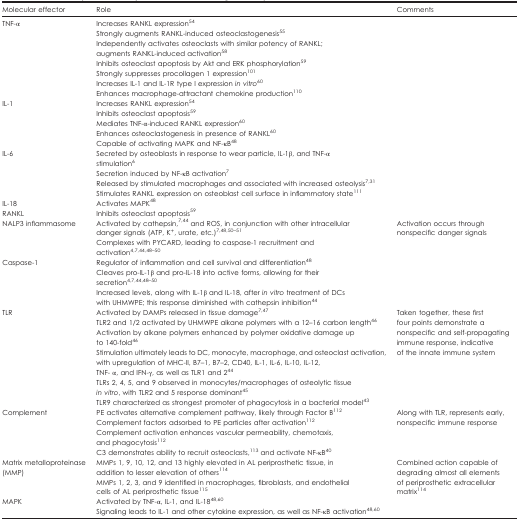
<table><thead><tr><td><b>Molecular effector</b></td><td><b>Role</b></td><td><b>Comments</b></td></tr></thead><tbody><tr><td>TNF-α</td><td>Increases RANKL expression<sup>54</sup>Strongly augments RANKL-induced osteoclastogenesis<sup>55</sup>Independently activates osteoclasts with similar potency of RANKL; augments RANKL-induced activation<sup>58</sup>Inhibits osteoclast apoptosis by Akt and ERK phosphorylation<sup>59</sup>Strongly suppresses procollagen 1 expression<sup>101</sup>Increases IL-1 and IL-1R type I expression <i>in vitro</i><sup>60</sup>Enhances macrophage-attractant chemokine production<sup>110</sup></td><td> </td></tr><tr><td>IL-1</td><td>Increases RANKL expression<sup>54</sup>Inhibits osteoclast apoptosis<sup>59</sup>Mediates TNF-α-induced RANKL expression<sup>60</sup>Enhances osteoclastogenesis in presence of RANKL<sup>60</sup>Capable of activating MAPK and NF-κB<sup>48</sup></td><td> </td></tr><tr><td>IL-6</td><td>Secreted by osteoblasts in response to wear particle, IL-1β, and TNF-α stimulation<sup>6</sup>Secretion induced by NF-κB activation<sup>7</sup>Released by stimulated macrophages and associated with increased osteolysis<sup>7,31</sup>Stimulates RANKL expression on osteoblast cell surface in inflammatory state<sup>111</sup></td><td> </td></tr><tr><td>IL-18</td><td>Activates MAPK<sup>48</sup></td><td> </td></tr><tr><td>RANKL</td><td>Inhibits osteoclast apoptosis<sup>59</sup></td><td> </td></tr><tr><td>NALP3 inflammasome</td><td>Activated by cathepsin,<sup>7,44</sup> and ROS, in conjunction with other intracellular danger signals (ATP, K<sup>+</sup>, urate, etc.)<sup>7,48,50,51</sup>Complexes with PYCARD, leading to caspase-1 recruitment and activation<sup>4,7,44,48–50</sup></td><td>Activation occurs through nonspecific danger signals</td></tr><tr><td>Caspase-1</td><td>Regulator of inflammation and cell survival and differentiation<sup>48</sup>Cleaves pro-IL-1β and pro-IL-18 into active forms, allowing for their secretion<sup>4,7,44,48–50</sup>Increased levels, along with IL-1β and IL-18, after <i>in vitro</i> treatment of DCs with UHMWPE; this response diminished with cathepsin inhibition<sup>44</sup></td><td> </td></tr><tr><td>TLR</td><td>Activated by DAMPs released in tissue damage<sup>7,47</sup>TLR2 and 1/2 activated by UHMWPE alkane polymers with a 12–16 carbon length<sup>46</sup>Activation by alkane polymers enhanced by polymer oxidative damage up to 140-fold<sup>46</sup>Stimulation ultimately leads to DC, monocyte, macrophage, and osteoclast activation, with upregulation of MHC-II, B7–1, B7–2, CD40, IL-1, IL-6, IL-10, IL-12, TNF- α, and IFN-γ, as well as TLR1 and 2<sup>44</sup>TLRs 2, 4, 5, and 9 observed in monocytes/macrophages of osteolytic tissue <i>in vitro</i>, with TLR2 and 5 response dominant<sup>45</sup>TLR9 characterized as strongest promoter of phagocytosis in a bacterial model<sup>43</sup></td><td>Taken together, these first four points demonstrate a nonspecific and self-propagating immune response, indicative of the innate immune system</td></tr><tr><td>Complement</td><td>PE activates alternative complement pathway, likely through Factor B<sup>112</sup>Complement factors adsorbed to PE particles after activation<sup>112</sup>Complement activation enhances vascular permeability, chemotaxis, and phagocytosis<sup>112</sup>C3 demonstrates ability to recruit osteoclasts,<sup>113</sup> and activate NF-κB<sup>40</sup></td><td>Along with TLR, represents early, nonspecific immune response</td></tr><tr><td>Matrix metalloproteinase (MMP)</td><td>MMPs 1, 9, 10, 12, and 13 highly elevated in AL periprosthetic tissue, in addition to lesser elevation of others<sup>114</sup>MMPs 1, 2, 3, and 9 identified in macrophages, fibroblasts, and endothelial cells of AL periprosthetic tissue<sup>115</sup></td><td>Combined action capable of degrading almost all elements of periprosthetic extracellular matrix<sup>114</sup></td></tr><tr><td>MAPK</td><td>Activated by TNF-α, IL-1, and IL-18<sup>48,60</sup>Signaling leads to IL-1 and other cytokine expression, as well as NF-κB activation<sup>48,60</sup></td><td> </td></tr></tbody></table>